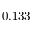
0 . 1 3 3